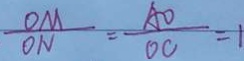
\frac { O M } { O N } = \frac { A O } { O C } = 1